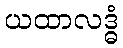
ယထာလဒ္ဓံ